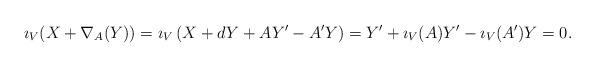
LaTeX: \begin{align*}\imath_V(X+\nabla_A(Y))=\imath_V\left(X+dY+AY'-A'Y\right)=Y'+\imath_V(A)Y'-\imath_V(A')Y=0.\end{align*}